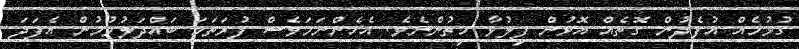
ގުޅުމެއް އުފެދުން ގޮތެއް އޮޅުން ފިލުވާ ހިތުންނެވެ. އެހެންނަމަވެސް ފުރަތަމަ ބައްދަލުވުމުން އެފަދަ